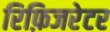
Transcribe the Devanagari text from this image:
रिफ़िजरेटर